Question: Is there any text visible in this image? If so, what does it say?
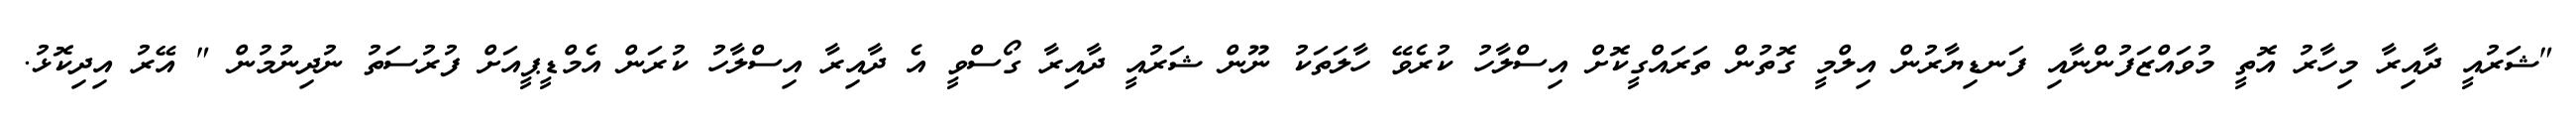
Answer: "ޝަރުއީ ދާއިރާ މިހާރު އޮތީ މުވައްޒަފުންނާއި ފަނޑިޔާރުން އިލްމީ ގޮތުން ތަރައްގީކޮށް އިސްލާހު ކުރެވޭ ހާލަތަކު ނޫން ޝަރުއީ ދާއިރާ ގޯސްވީ އެ ދާއިރާ އިސްލާހު ކުރަން އެމްޑީޕީއަށް ފުރުސަތު ނުދިނުމުން " އޭރު އިދިކޮޅު.